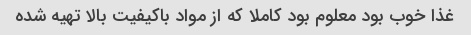
غذا خوب بود معلوم بود کاملا که از مواد باکیفیت بالا تهیه شده